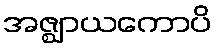
အဇ္ဈာယကောပိ